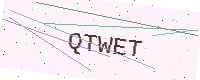
Text: QTWET